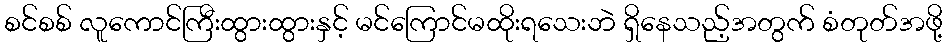
စင်စစ် လူကောင်ကြီးထွားထွားနှင့် မင်ကြောင်မထိုးရသေးဘဲ ရှိနေသည့်အတွက် စံတုတ်အဖို့